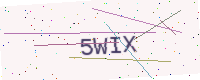
Text: 5WIX